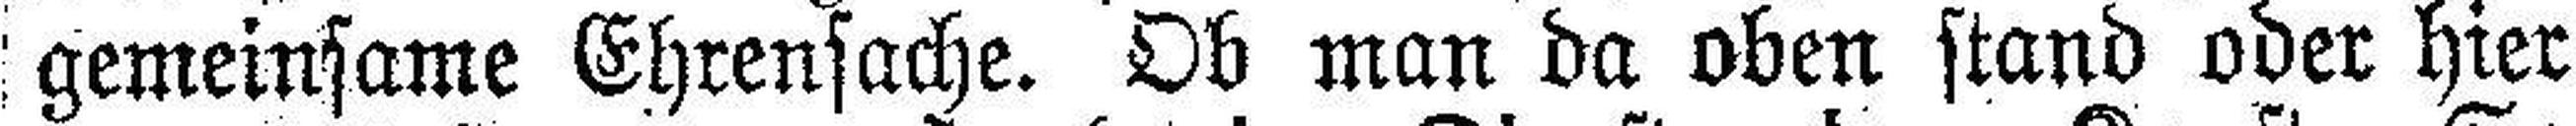
gemeinsame Ehrensache. Ob man da oben stand oder hier